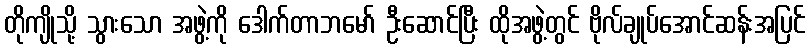
တိုကျိုသို့ သွားသော အဖွဲ့ကို ဒေါက်တာဘမော် ဦးဆောင်ပြီး ထိုအဖွဲ့တွင် ဗိုလ်ချုပ်အောင်ဆန်းအပြင်